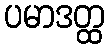
ပမာဒတ္ထ